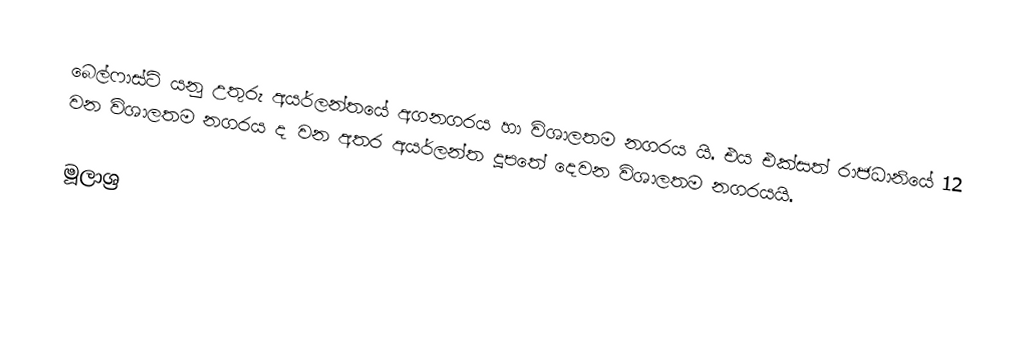
බෙල්ෆාස්ට් යනු උතුරු අයර්ලන්තයේ අගනගරය හා විශාලතම නගරය යි. එය එක්සත් රාජධානියේ 12 වන විශාලතම නගරය ද වන අතර  අයර්ලන්ත දූපතේ දෙවන විශාලතම නගරයයි.

මූලාශ්‍ර